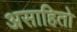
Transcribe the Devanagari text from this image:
असाहितो